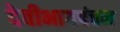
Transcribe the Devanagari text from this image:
देवीभागपंचम